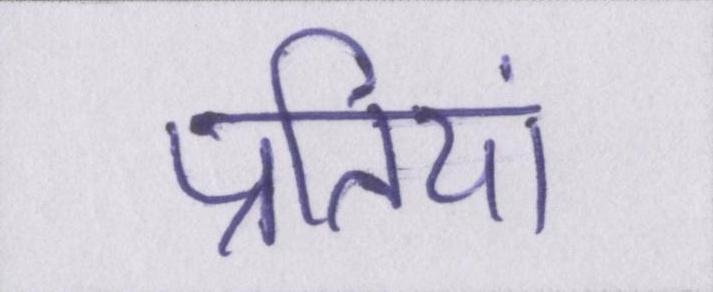
प्रतियां